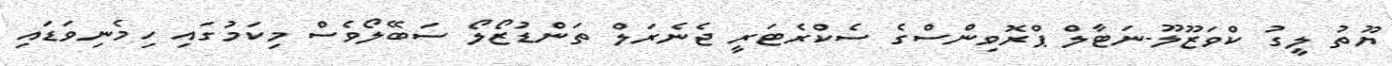
ޔޫތު ލީގު ކްވަޒޫލޫ-ނަޓާލް ޕްރޮވިންސްގެ ސެކްރެޓަރީ ޖެނެރަލް ތަންޑުޒޯލޯ ސަބޭލޯވެސް މިކަމުގައި ހިމެނިވަޑައި